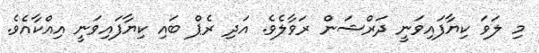
މި ލަވަ ކިޔާފައިވަނީ ދަރްޝަން ރަވާލެވެ. އަދި ރެޕް ބައި ކިޔާފައިވަނީ އިއްކާއެވެ.